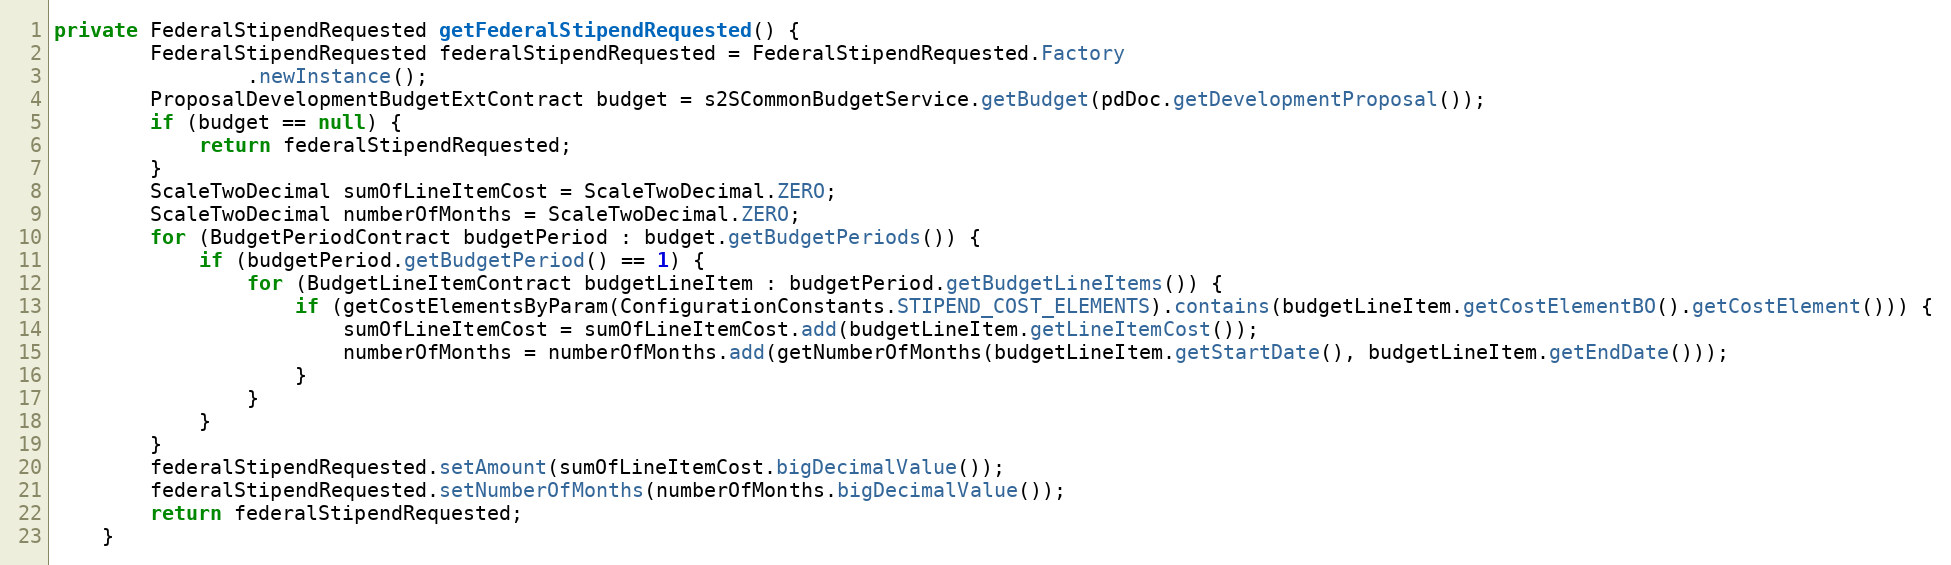
Language: Java
private FederalStipendRequested getFederalStipendRequested() {
		FederalStipendRequested federalStipendRequested = FederalStipendRequested.Factory
				.newInstance();
        ProposalDevelopmentBudgetExtContract budget = s2SCommonBudgetService.getBudget(pdDoc.getDevelopmentProposal());
		if (budget == null) {
			return federalStipendRequested;
		}
		ScaleTwoDecimal sumOfLineItemCost = ScaleTwoDecimal.ZERO;
		ScaleTwoDecimal numberOfMonths = ScaleTwoDecimal.ZERO;
		for (BudgetPeriodContract budgetPeriod : budget.getBudgetPeriods()) {
			if (budgetPeriod.getBudgetPeriod() == 1) {
				for (BudgetLineItemContract budgetLineItem : budgetPeriod.getBudgetLineItems()) {
					if (getCostElementsByParam(ConfigurationConstants.STIPEND_COST_ELEMENTS).contains(budgetLineItem.getCostElementBO().getCostElement())) {
						sumOfLineItemCost = sumOfLineItemCost.add(budgetLineItem.getLineItemCost());
						numberOfMonths = numberOfMonths.add(getNumberOfMonths(budgetLineItem.getStartDate(), budgetLineItem.getEndDate()));
					}
				}
			}
		}
		federalStipendRequested.setAmount(sumOfLineItemCost.bigDecimalValue());
		federalStipendRequested.setNumberOfMonths(numberOfMonths.bigDecimalValue());
		return federalStipendRequested;
	}